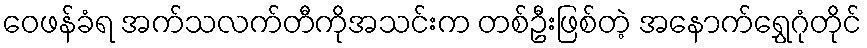
ဝေဖန်ခံရ အက်သလက်တီကိုအသင်းက တစ်ဦးဖြစ်တဲ့ အနောက်ရွှေဂုံတိုင်